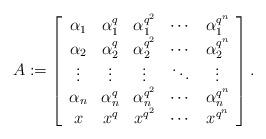
LaTeX: \begin{align*}A:= \left[ \begin{array}{ccccc} \alpha_1&\alpha_1^q&\alpha_1^{q^2}&\cdots&\alpha_1^{q^{n}}\\ \alpha_2&\alpha_2^q&\alpha_2^{q^2}&\cdots&\alpha_2^{q^{n}}\\ \vdots&\vdots&\vdots&\ddots&\vdots\\ \alpha_n&\alpha_n^q&\alpha_n^{q^2}&\cdots&\alpha_n^{q^{n}}\\ x&x^q&x^{q^2}&\cdots&x^{q^{n}}\\ \end{array} \right].\end{align*}